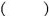
()